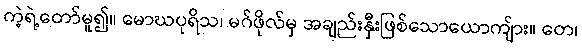
ကဲ့ရဲ့တော်မူ၍။ မောဃပုရိသ၊ မဂ်ဖိုလ်မှ အချည်းနှီးဖြစ်သောယောကျ်ား။ တေ၊